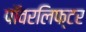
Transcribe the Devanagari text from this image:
पॉवरलिफ्टर